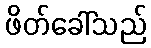
ဖိတ်ခေါ်သည်